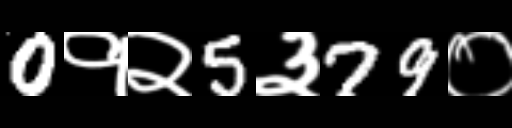
Text: 0१२5३79०